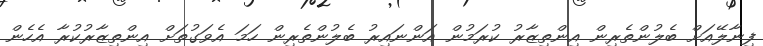
ފިނާލޭއަށް ބެލުންތެރިން އިންތިޒާރު ކުރަމުން އަންނައިރު ބެލުންތެރިން ހަމަ އެވަގުތަށް އިންތިޒާރުކުރާ އެހެން